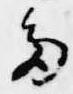
多